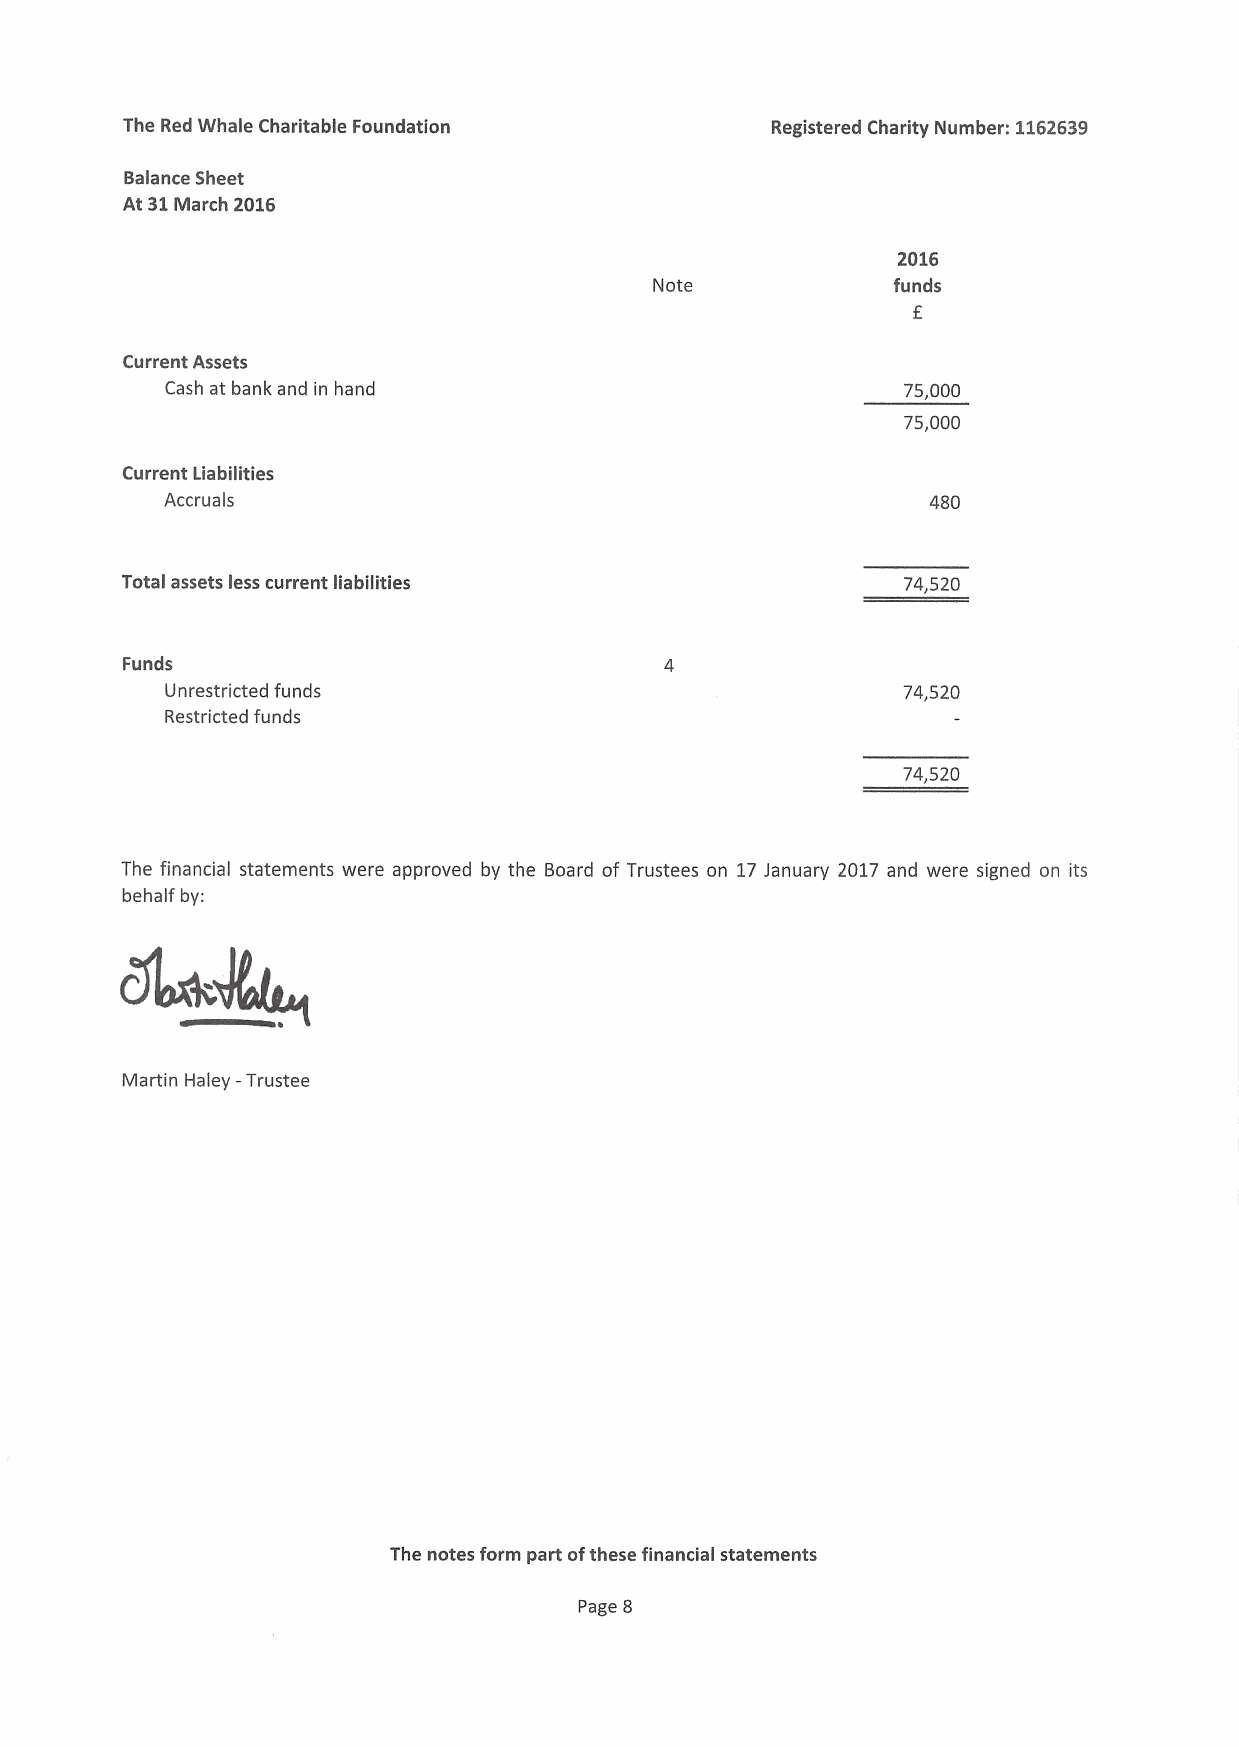
The Red Whale Charitable Foundation        Registered Charity Number: 1162639
 Balance Sheet
 At 31March 2016
 2016
 Note            funds
 f
 Current Assets
 Cash at bank and in hand                         75,000
 75,000
 Current Liabilities
 Accruals                                           480
 Total assets less current liabilities               74,520
 Funds
 Unrestricted funds                               74,520
 Restricted funds
 74,520
 The financial statements were approved by the Board of Trustees on 17January 2017 and were signed on its
 behalf by:
 Martin Haley —Trustee
 The notes form part ofthese financial statements
 Page 8